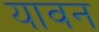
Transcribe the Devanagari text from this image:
यावन